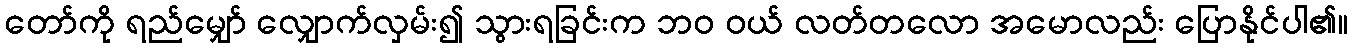
တော်ကို ရည်မျှော် လျှောက်လှမ်း၍ သွားရခြင်းက ဘဝ ဝယ် လတ်တလော အမောလည်း ပြောနိုင်ပါ၏။